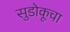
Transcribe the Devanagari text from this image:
सुडोकूचा